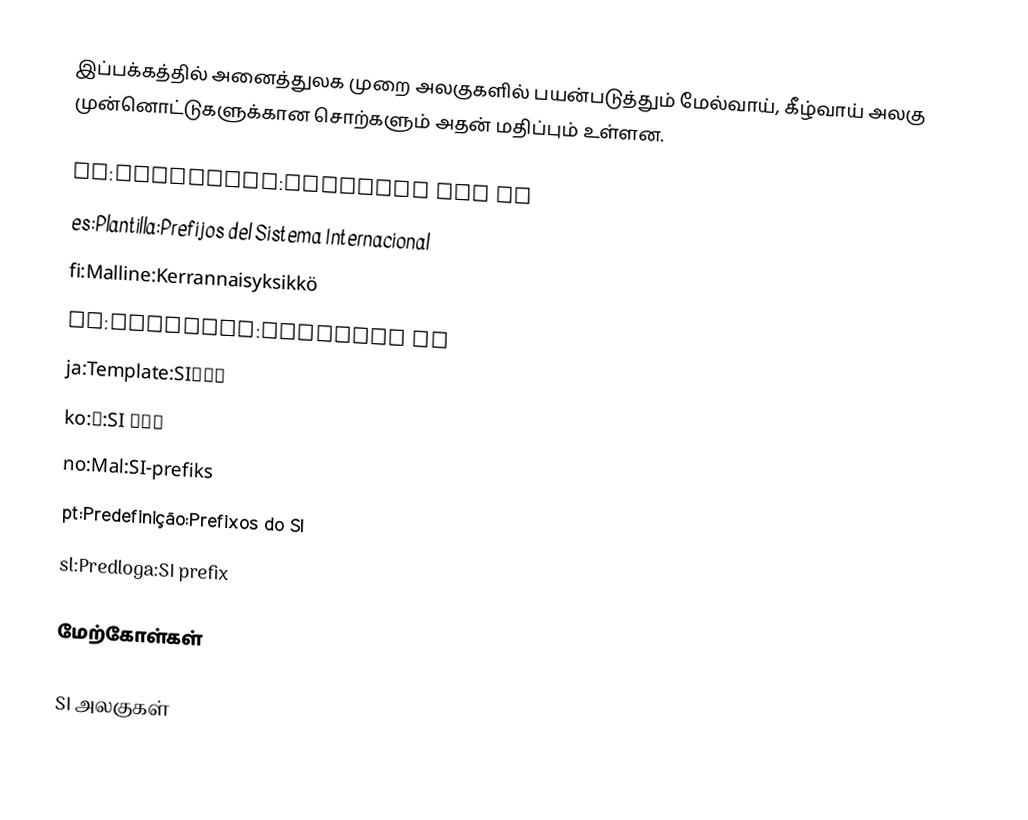
இப்பக்கத்தில் அனைத்துலக முறை அலகுகளில் பயன்படுத்தும் மேல்வாய், கீழ்வாய் அலகு முன்னொட்டுகளுக்கான சொற்களும் அதன் மதிப்பும் உள்ளன.

ca:Plantilla:Prefixos del SI
es:Plantilla:Prefijos del Sistema Internacional
fi:Malline:Kerrannaisyksikkö
it:Template:Prefissi SI
ja:Template:SI接頭辞
ko:틀:SI 접두어
no:Mal:SI-prefiks
pt:Predefinição:Prefixos do SI
sl:Predloga:SI prefix

மேற்கோள்கள்

SI அலகுகள்